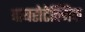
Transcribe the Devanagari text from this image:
पायरोटेक्निक